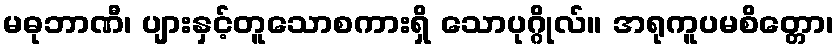
မဓုဘာဏီ၊ ပျားနှင့်တူသောစကားရှိ သောပုဂ္ဂိုလ်။ အရုကူပမစိတ္တော၊